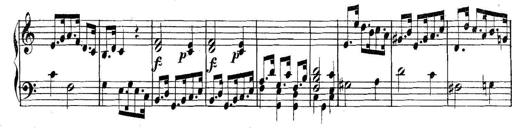
Title: Collected Piano Sonatas
Composer: Muzio Clementi